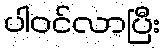
ပါဝင်လာပြီး